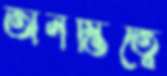
অনস্তিত্বে